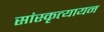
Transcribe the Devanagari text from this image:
सांस्कृत्यायन